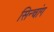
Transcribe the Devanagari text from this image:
सिन्चांग